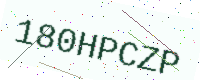
Text: 180HPCZP